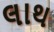
લાથ